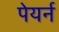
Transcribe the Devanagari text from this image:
पेयर्न